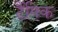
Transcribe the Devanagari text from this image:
टैंगिक